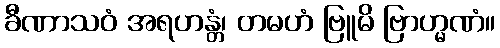
ခီဏာသဝံ အရဟန္တံ၊ တမဟံ ဗြူမိ ဗြာဟ္မဏံ။